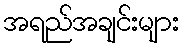
အရည်အချင်းများ